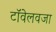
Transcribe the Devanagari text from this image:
टॉवेलवजा